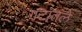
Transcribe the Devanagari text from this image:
गटातले